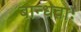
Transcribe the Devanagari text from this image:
बान्धवाः